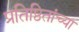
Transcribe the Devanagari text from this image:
प्रतिष्ठितांच्या